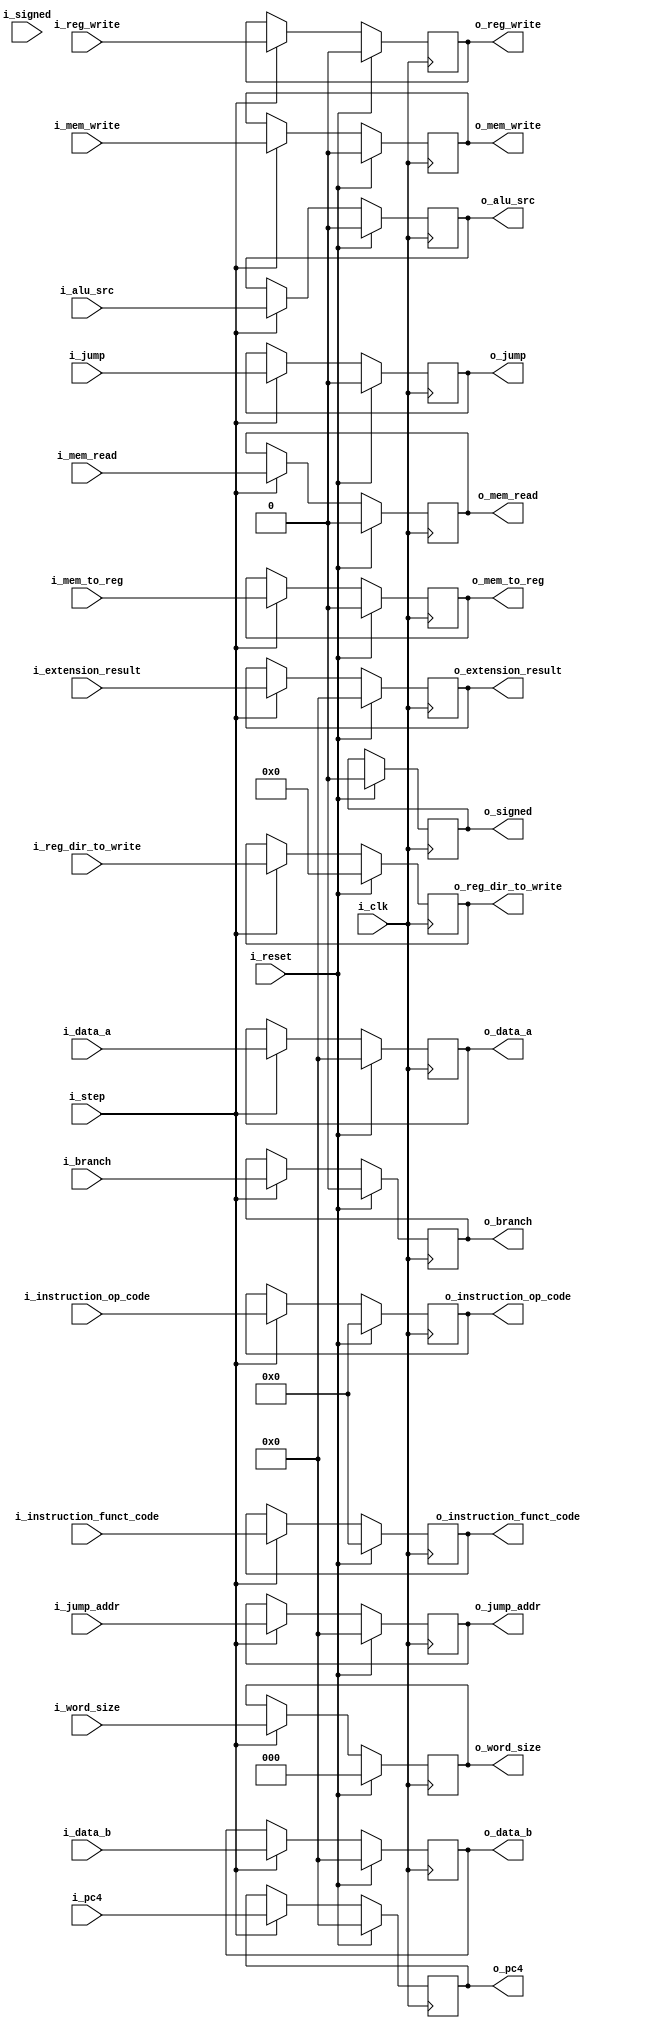
`timescale 1ns / 1ps

module ID_EX #(
    parameter NB = 32,
    parameter NB_OPCODE = 6,
    parameter NB_FCODE = 6,
    parameter NB_SIZE_TYPE = 3,
    parameter NB_REGS = 5
) (
    input                      i_clk,
    input                      i_step,
    input                      i_reset,
    input [      NB_FCODE-1:0] i_instruction_funct_code,
    input [     NB_OPCODE-1:0] i_instruction_op_code,
    input                      i_alu_src,                 // 0 data_b, 1 immediate
    input [            NB-1:0] i_data_a,
    input [            NB-1:0] i_data_b,
    input [            NB-1:0] i_extension_result,
    input [            NB-1:0] i_pc4,
    input                      i_branch,
    input [NB_SIZE_TYPE-1 : 0] i_word_size,
    input                      i_mem_read,
    input                      i_mem_write,
    input                      i_mem_to_reg,
    input                      i_reg_write,
    input [       NB_REGS-1:0] i_reg_dir_to_write,
    input                      i_jump,
    input                      i_signed,
    input [            NB-1:0] i_jump_addr,



    output reg                      o_signed,
    output reg [            NB-1:0] o_pc4,
    output reg [NB_SIZE_TYPE-1 : 0] o_word_size,
    output reg                      o_branch,
    output reg [      NB_FCODE-1:0] o_instruction_funct_code,
    output reg [     NB_OPCODE-1:0] o_instruction_op_code,
    output reg                      o_alu_src,                 // 0 data_b, 1 immediate
    output reg [            NB-1:0] o_data_a,
    output reg [            NB-1:0] o_data_b,
    output reg [            NB-1:0] o_extension_result,
    output reg                      o_mem_read,
    output reg                      o_mem_write,
    output reg                      o_mem_to_reg,
    output reg                      o_reg_write,
    output reg [       NB_REGS-1:0] o_reg_dir_to_write,
    output reg                      o_jump,
    output reg [            NB-1:0] o_jump_addr
);

  always @(negedge i_clk) begin
    if (i_reset) begin
      o_pc4 <= 0;
      o_word_size <= 0;
      o_branch <= 0;
      o_instruction_funct_code <= 0;
      o_instruction_op_code <= 0;
      o_alu_src <= 0;
      o_data_a <= 0;
      o_data_b <= 0;
      o_extension_result <= 0;
      o_mem_read <= 0;
      o_mem_write <= 0;
      o_mem_to_reg <= 0;
      o_reg_write <= 0;
      o_reg_dir_to_write <= 0;
      o_jump <= 0;
      o_signed <= 0;
      o_jump_addr <= 0;
    end else begin
      if (i_step) begin
        o_pc4 <= i_pc4;
        o_word_size <= i_word_size;
        o_branch <= i_branch;
        o_instruction_funct_code <= i_instruction_funct_code;
        o_instruction_op_code <= i_instruction_op_code;
        o_alu_src <= i_alu_src;
        o_data_a <= i_data_a;
        o_data_b <= i_data_b;
        o_extension_result <= i_extension_result;
        o_mem_read <= i_mem_read;
        o_mem_write <= i_mem_write;
        o_mem_to_reg <= i_mem_to_reg;
        o_reg_write <= i_reg_write;
        o_reg_dir_to_write <= i_reg_dir_to_write;
        o_jump <= i_jump;
        o_signed <= o_signed;
        o_jump_addr <= i_jump_addr;
      end
    end
  end

endmodule